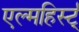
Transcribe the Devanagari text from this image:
एल्महिर्स्ट्